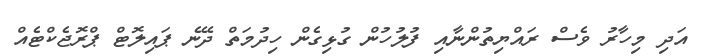
އަދި މިހާރު ވެސް ރައްޔިތުންނާއި ފުލުހުން ގުޅިގެން ހިދުމަތް ދޭނެ ޕައިލޮޓް ޕްރޮޖެކްޓެއް